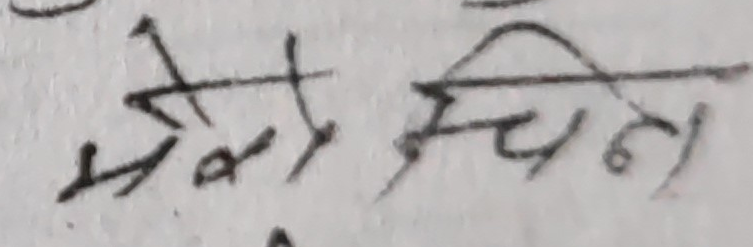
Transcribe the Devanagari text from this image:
भेको चिन